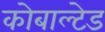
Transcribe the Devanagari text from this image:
कोबाल्टेड